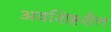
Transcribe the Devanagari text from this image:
अवशिष्टशैल